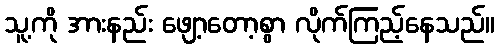
သူ့ကို အားနည်း ဖျော့တော့စွာ လိုက်ကြည့်နေသည်။